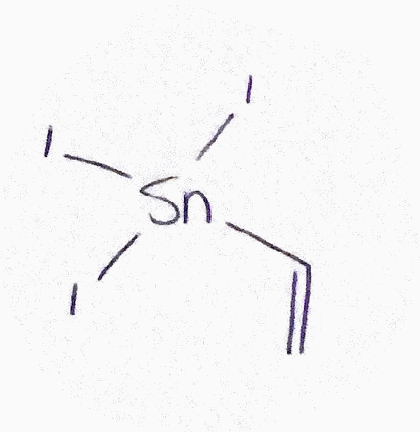
Simplified molecular-input line-entry system (SMILES) notation of the given molecule:
C=C[Sn](I)(I)I